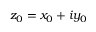
z _ { 0 } = x _ { 0 } + i y _ { 0 }